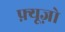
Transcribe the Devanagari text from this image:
फ़्यूज़ो